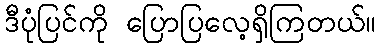
ဒီပုံပြင်ကို ပြောပြလေ့ရှိကြတယ်။